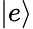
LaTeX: \vert e\rangle